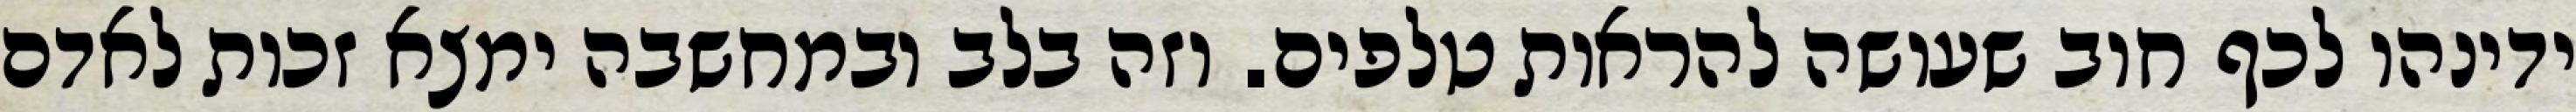
ידינהו לכף חוב שעושה להראות טלפים. וזה בלב ובמחשבה ימצא זכות לאדם